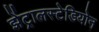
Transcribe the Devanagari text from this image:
झेंट्रालस्टेडियोन